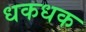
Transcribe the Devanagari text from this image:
धकधक